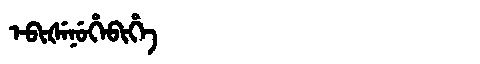
Manchu: ᡝᠪᡳᡧᡝᠨᡠᡥᡝᠪᡳᡥᡝ
Romanization: EBIŠENUHEBIHE